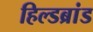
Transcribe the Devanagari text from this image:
हिल्डब्रांड